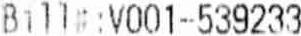
BILL#:V001-539233